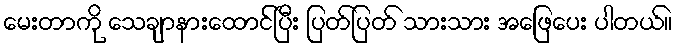
မေးတာကို သေချာနားထောင်ပြီး ပြတ်ပြတ် သားသား အဖြေပေး ပါတယ်။